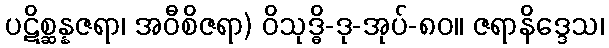
ပဋိစ္ဆန္နဇရာ၊ အဝီစိဇရာ) ဝိသုဒ္ဓိ-ဒု-အုပ်-၈၀။ ဇရာနိဒ္ဒေသ၊